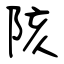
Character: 陔